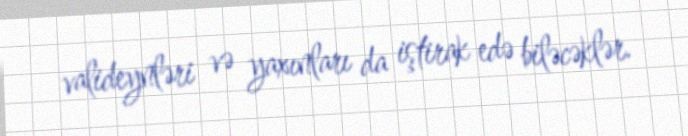
valideynləri və yaxınları da iştirak edə biləcəklər.